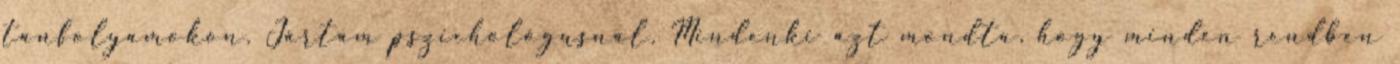
tanfolyamokon. Jártam pszichológusnál. Mindenki azt mondta, hogy minden rendben